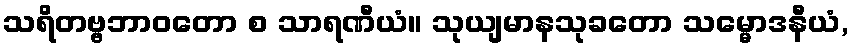
သရိတဗ္ဗဘာဝတော စ သာရဏီယံ။ သုယျမာနသုခတော သမ္မောဒနီယံ,